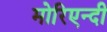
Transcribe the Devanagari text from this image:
मोरिएन्दी